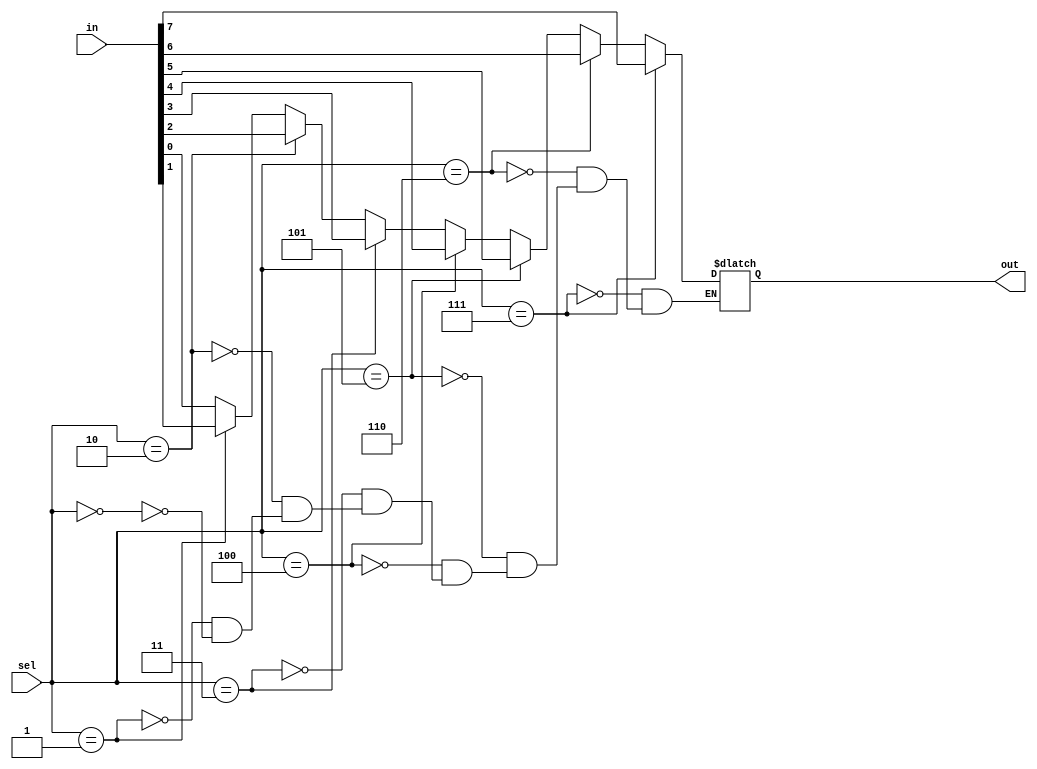
// Code your design here
//8-to-1 multiplexer:behavioral description
module mux_8x1(in,out,sel);
 
input [7:0]in;
input [2:0]sel;
output out;
 
reg out;
wire [2:0]sel;
wire [7:0]in;
 
always @(sel or in)
begin
 
if (sel==0)
out = in[0];
if (sel==1)
out = in[1];
if (sel==2)
out = in[2];
if (sel==3)
out = in[3];
if (sel==4)
out = in[4];
if (sel==5)
out = in[5];
if (sel==6)
out = in[6];
if (sel==7)
out = in[7];
end
 
endmodule